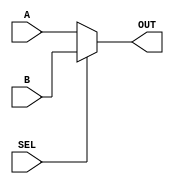
`timescale 1ns / 1ps
module mux16_2 (A, B, SEL, OUT);

	input [15:0] A;
	input [15:0] B;
	input SEL;
	output [15:0] OUT;

	assign OUT = SEL == 1'b0 ? A : B;

endmodule